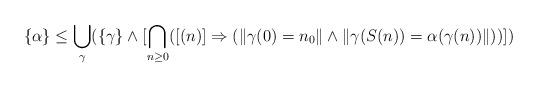
LaTeX: \begin{align*}\{\alpha\} \leq \bigcup_{\gamma} (\{\gamma\} \wedge [\bigcap_{n\geq 0} ([(n)]\Rightarrow (\|\gamma(0)=n_0\| \wedge \|\gamma(S(n))=\alpha(\gamma(n))\|))])\end{align*}